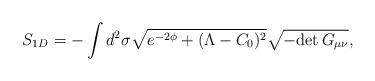
LaTeX: \begin{align*}S_{1D}= -\int d^2 \sigma \sqrt{e^{-2\phi}+(\Lambda-C_0)^2}\sqrt{-{\rm det}\, G_{\mu\nu}},\end{align*}